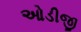
ઓડીજી